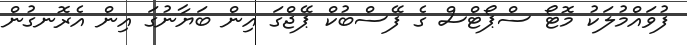
ފުވައްމުލަކު މޮޓޯ ސްޕޯޓްސް ގެ ފޭސްބުކް ޕޭޖްގަ އިން ބަޔާނުގަ އިން އެރޮނގުން